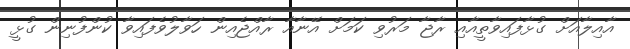
އާއިލާއަށް ގުޅާފައިވާތީއާއި ރާޖާ މަރުވި ކަމަށް އޭނާއާ ރާއްޖެއިން ހަވާލުވެފައިވާ ކުންފުނިން ގުޅީ